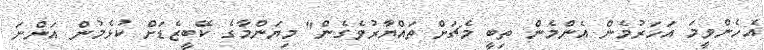
އެހެންވީމަ އަހަރުމެން އެންމެން ތިބީ މެޗަށް ތައްޔާރުވެގެން" މިޔަންމާގެ ކޭބީޒެޑަށް ކުޅެމުން އަންނަ